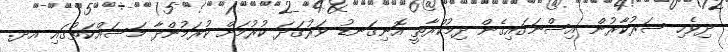
ދިވެހި ސަރުކާރުން އިސްނަގައިގެން ދިމުކްރާތީ އޮނިގަނޑު ވަރުގަދަ ކުރުމަށް ކުރަމުންދާ މަސައްކަތުގައި އދ.